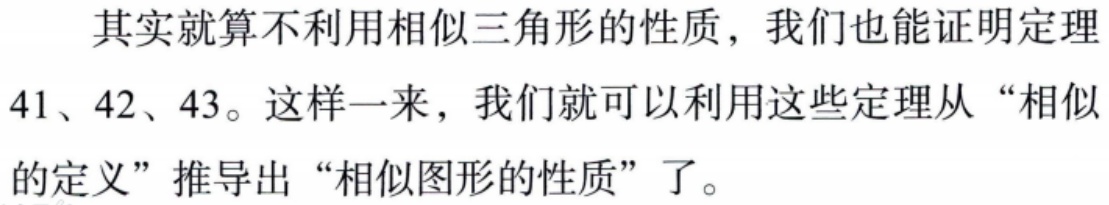
其实就算不利用相似三角形的性质，我们也能证明定理
41、42、43。这样一来，我们就可以利用这些定理从“相似
的定义”推导出“相似图形的性质”了。